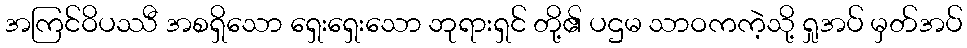
အကြင်ဝိပဿီ အစရှိသော ရှေးရှေးသော ဘုရားရှင် တို့၏ ပဌမ သာဝကကဲ့သို့ ရှုအပ် မှတ်အပ်